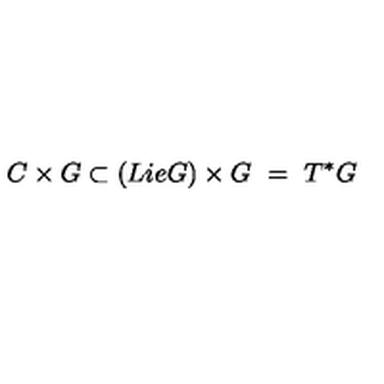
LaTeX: C \times G \subset ( L i e G ) \times G \ = \ T ^ { * } G